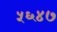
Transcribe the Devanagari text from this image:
५६४७